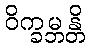
ဝိက္ခမ္ဘန္တိ